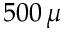
5 0 0 \, \mu